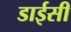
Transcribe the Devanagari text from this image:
डाईसी